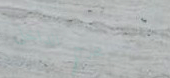
مخرج الداخلي